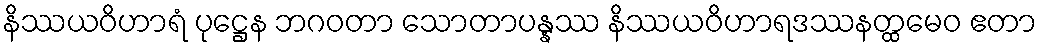
နိဿယဝိဟာရံ ပုဋ္ဌေန ဘဂဝတာ သောတာပန္နဿ နိဿယဝိဟာရဒဿနတ္ထမေဝ ဧတာ